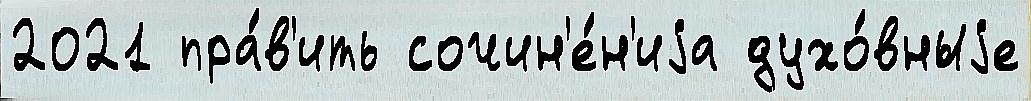
2021 пра́в'ить сочин'е́н'иjа духо́вныjе